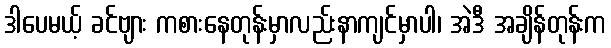
ဒါပေမယ့် ခင်ဗျား ကစားနေတုန်းမှာလည်းနာကျင်မှာပါ၊ အဲဒီ အချိန်တုန်းက